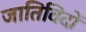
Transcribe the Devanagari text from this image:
जातिविदों